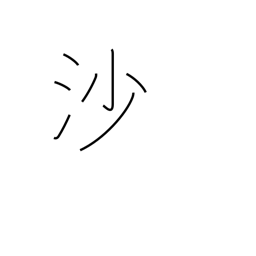
Meaning: sand